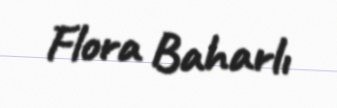
Flora Baharlı